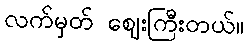
လက်မှတ် ဈေးကြီးတယ်။